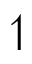
\upharpoonleft